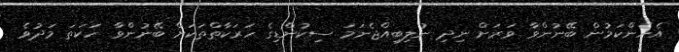
އެހެންކަމުން ބޭނުންވާ ވަރަށް ނިދި ނުލިބިއްޖެނަމަ ސިކުންޑިގެ ހަރަކާތްތަކަށް ބޭނުންވާ ހަކަތަ މަދުވެ